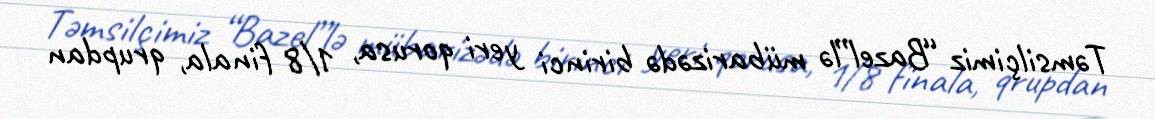
Təmsilçimiz “Bazel”lə mübarizədə birinci yeri qorusa, 1/8 finala, qrupdan